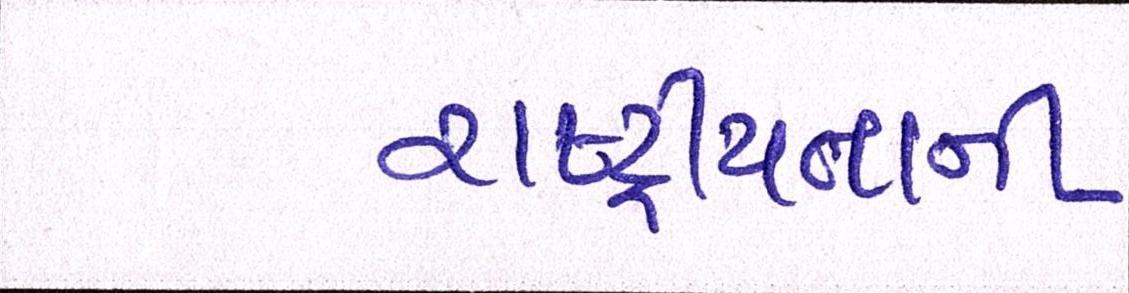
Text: રાષ્ટ્રીયતાની